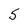
Character: 5